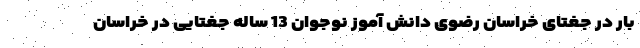
بار در جغتای خراسان رضوی دانش آموز نوجوان 13 ساله جغتایی در خراسان